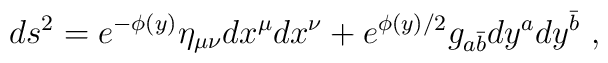
ds^2 = e^{-\phi(y)}\eta_{\mu\nu}dx^{\mu}dx^{\nu}+ e^{ \phi(y)/2}g_{a{\bar b}}dy^ady^{\bar b} \ ,